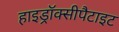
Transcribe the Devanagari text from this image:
हाइड्रॉक्सीपैटाइट